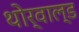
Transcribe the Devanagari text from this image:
थोर्वाल्ड